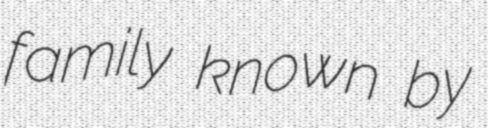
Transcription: family known by